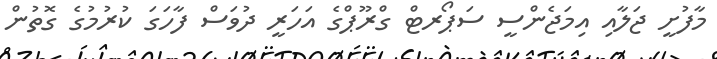
މާފުށީ ޖަލާއި އިމަޖެންސީ ސަޕޯރޓް ގްރޫޕްގެ އަހަރީ ދުވަސް ފާހަގަ ކުރުމުގެ ގޮތުން